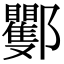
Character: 䣤